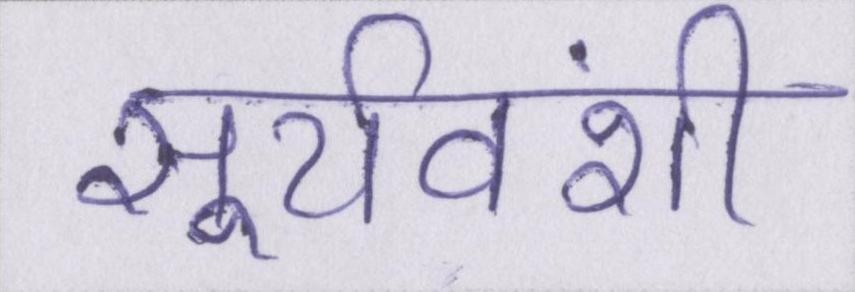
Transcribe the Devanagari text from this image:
सूर्यवंशी